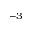
^ { - 3 }